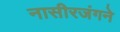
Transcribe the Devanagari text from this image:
नासीरजंगने